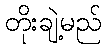
တိုးချဲ့မည်